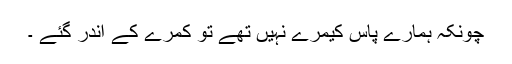
چونکہ ہمارے پاس کیمرے نہیں تھے تو کمرے کے اندر گئے ۔